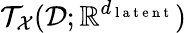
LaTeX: \mathcal{T}_{\mathcal{X}}(\mathcal{D};\mathbb{R}^{d_{\mathrm{~l~a~t~e~n~t~}}})